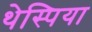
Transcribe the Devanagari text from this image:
थेस्पिया